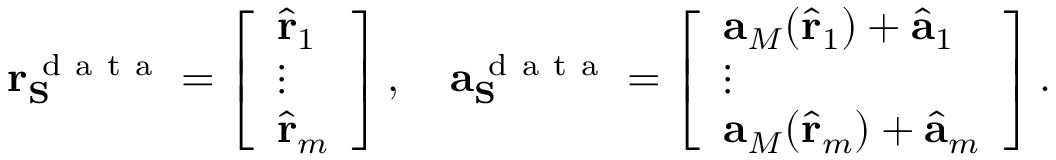
\mathbf { r } _ { \mathbf { S } } ^ { \mathrm { ~ d ~ a ~ t ~ a ~ } } = \left[ \begin{array} { l } { \hat { \mathbf { r } } _ { 1 } } \\ { \vdots } \\ { \hat { \mathbf { r } } _ { m } } \end{array} \right] , \quad \mathbf { a } _ { \mathbf { S } } ^ { \mathrm { ~ d ~ a ~ t ~ a ~ } } = \left[ \begin{array} { l } { \mathbf { a } _ { M } ( \hat { \mathbf { r } } _ { 1 } ) + \hat { \mathbf { a } } _ { 1 } } \\ { \vdots } \\ { \mathbf { a } _ { M } ( \hat { \mathbf { r } } _ { m } ) + \hat { \mathbf { a } } _ { m } } \end{array} \right] .